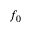
f _ { 0 }